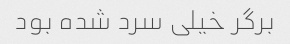
برگر خیلی سرد شده بود